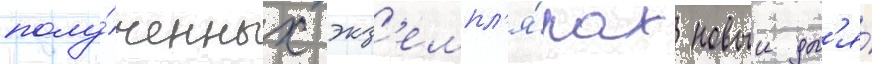
полу́ченных экз'емпл'я́рах новыи дл'я́